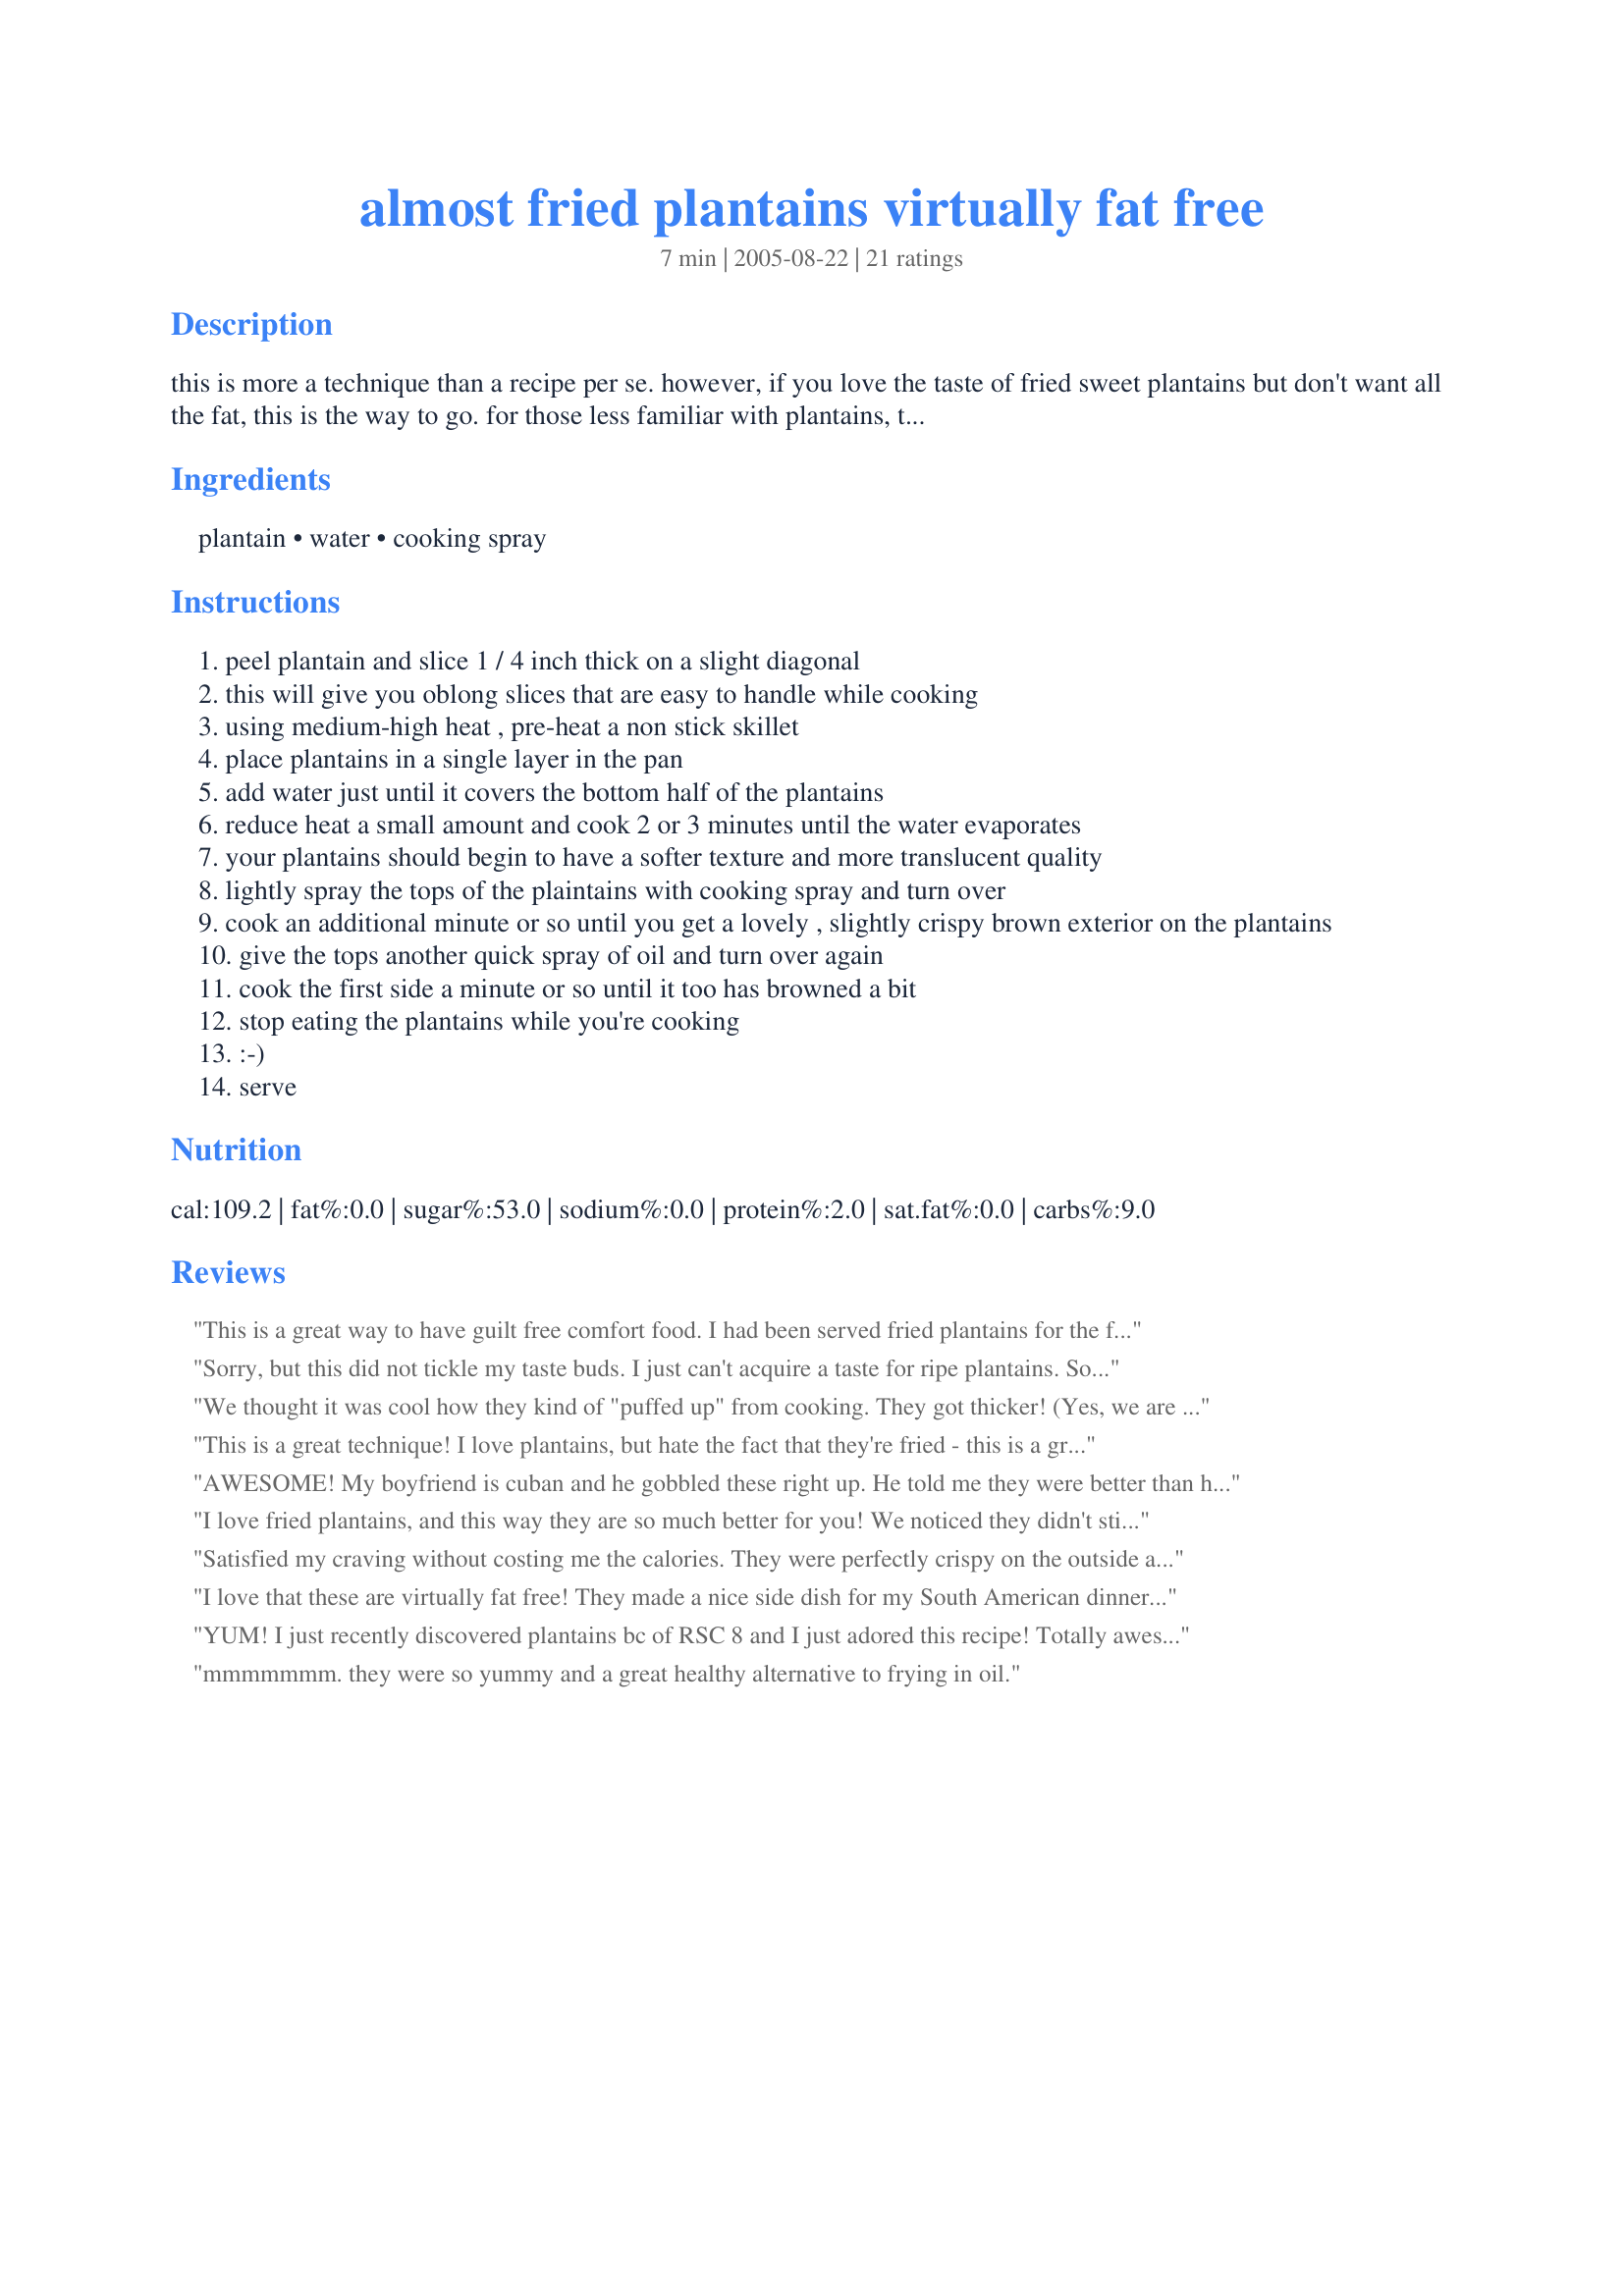
almost fried plantains virtually fat free
Preparation time: 7 minutes

this is more a technique than a recipe per se. however, if you love the taste of fried sweet plantains but don't want all the fat, this is the way to go. for those less familiar with plantains, they would best be described as a cooking banana. these pair well with almost and caribbean entree. for the best results, make sure you have a really ripe plantain one that is all yellow with a good number of brown spots. though i have portioned this as a half plantain per serving, one could easily eat a whole one alone.

Ingredients:
plantain, water, cooking spray

Steps:
peel plantain and slice 1 / 4 inch thick on a slight diagonal
this will give you oblong slices that are easy to handle while cooking
using medium-high heat , pre-heat a non stick skillet
place plantains in a single layer in the pan
add water just until it covers the bottom half of the plantains
reduce heat a small amount and cook 2 or 3 minutes until the water evaporates
your plantains should begin to have a softer texture and more translucent quality
lightly spray the tops of the plaintains with cooking spray and turn over
cook an additional minute or so until you get a lovely , slightly crispy brown exterior on the plantains
give the tops another quick spray of oil and turn over again
cook the first side a minute or so until it too has browned a bit
stop eating the plantains while you're cooking
:-)
serve

Reviews:
This is a great way to have guilt free comfort food. I had been served fried plantains for the first time a few years back in the home of a Caribbean family and really enjoyed them but was really unsure of how to prepare them myself. Now I know and it is in a healthy way too! Made for PAC Spring 2008.
Sorry, but this did not tickle my taste buds. I just can't acquire a taste for ripe plantains. So, as much as I love plantains, I shall continue to twice fry the hard ones, which is the way a Cuban taught me. Yum!
We thought it was cool how they kind of "puffed up" from cooking. They got thicker! (Yes, we are easily amused). Good flavor and I like the nut. info on this one! Made for ZWT
This is a great technique! I love plantains, but hate the fact that they're fried - this is a great alternative. I just had one major problem - I couldn't stop eating them while they were cooking =) Thanks so much for posting!
AWESOME! My boyfriend is cuban and he gobbled these right up. He told me they were better than his mom's!! Since they are easier and lighter than the traditional method, I now make these when ever i get a chance. BTW, non-stick spray is safe to use in this method. non-stick spray is simply a vegitible or canola oil and won't hurt you.
I love fried plantains, and this way they are so much better for you! We noticed they didn't stick to the pan (even non-stick) if we put the water first- just eyeball the amount. Also, a bit of veggie oil brushed on them before flipping worked much better than cooking spray (which aren't you not supposed to use that in non-stick anyway?). And that way, you can just flip them more if you need to get them a bit firmer or crisper without worry of them sticking more or breaking. Great and easy way to do plantains! Thanks for the recipe.
Satisfied my craving without costing me the calories. They were perfectly crispy on the outside and soft inside.
I love that these are virtually fat free! They made a nice side dish for my South American dinner tonight! I didn't have a non-stick pan so I just sprayed my pan with non-stick cooking spray before addding the plantains. Thanks Toni! Made for ZWT 4 by a Jefe de la Cocina!
YUM! I just recently discovered plantains bc of RSC 8 and I just adored this recipe! Totally awesome! #7- I was gobbling them up as soon as they were cool enough to not cause 3rd degree burns to my hands and mouth! lol
Thanks for sharing this fantabulous recipe!
mmmmmmm. they were so yummy and a great healthy alternative to frying in oil.
I have made this recipe even skipping the step of spraying the tops with cooking spray, which I don't really like. It worked fine in a heavy non-stick pan, even with very, very ripe platanos. Thanks for the awesome technique. My Cuban husband heartily approves!
thank you so much for this recipe!! I love sweet plantain, I live in the Caribbean and I used to have sweet plantain for dinner almost every night! but now that I'm changing my eating habits and am currently dieting, this could come in handy whenever I have my sweet plantain cravings!
These were really good! I love fried bananas and was hesitant to try it your way....but I am glad I did! I was surprised that they still had a crisp outside! A very picky three year old gobbled them down! Thank you toni!!!!!
These definately satisfied our craving! I see no need for the deep fried type any longer! Thank you!!
Most delicious! I am a WW I have made these several times and still want to eat it all when I do! Without the guilt or extra calories :D
Thanks!
So easy to do with hardly any oil! I liked the way they got fairly crispy and I nibbled as a snack. Thanks Toni! Made for ZWT4-Fancy Feinschmeckers!
I think I cut my plantain too thin because they never crisped up and stayed soft. However, the sweet taste was still there. Thanks for an easy recipe! Made for ZWT2!
I love plantains, but they can be hell on your waistline if you aren't careful. That's why I was so happy to find this low-fat way to prepare my beloved black bananas.
These came out delicious! I had never made plantains before. On my first batch, I learned that the yellow and green plantains are not sweet and not good for this dish; but the yellow plantains with lots of dark spots (like Toni said) are perfect. When ripe, these taste similar to regular bananas, but starchy. Thank you!
Nice for something different. A good side for any type of tropical or Caribbean-type dish.
A great treat that everyone enjoyed! I can't add anything that the other reviewers haven't said. Very tasty and very easy. Reviewed for ZWT3
